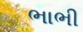
ભાભી